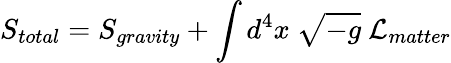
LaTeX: S_{total}=S_{gravity}+\int d^{4}x~\sqrt{-g}~{\cal{L}}_{matter}